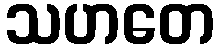
သဟတေ